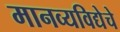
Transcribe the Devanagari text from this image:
मानव्यविद्येचे